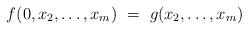
LaTeX: \begin{align*}f(0,x_2, \ldots, x_m) \ = \ g(x_2, \ldots, x_m)\end{align*}